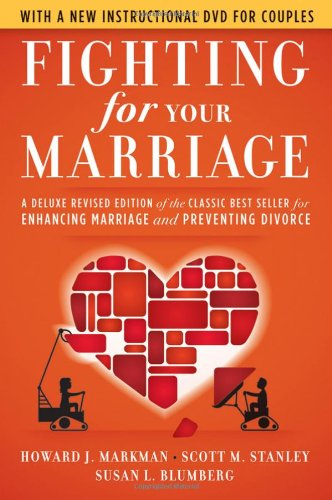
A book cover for Fighting for Your Marriage: A Deluxe Revised Edition of the Classic Best-seller for Enhancing Marriage and Preventing Divorce; Howard J. Markman; Parenting & Relationships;